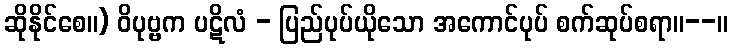
ဆိုနိုင်စေ။) ဝိပုဗ္ဗက ပဋိလံ - ပြည်ပုပ်ယိုသော အကောင်ပုပ် စက်ဆုပ်စရာ။--။